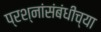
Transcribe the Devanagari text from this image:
प्रश्नांसंबंधीच्या